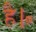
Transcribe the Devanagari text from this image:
है।॰